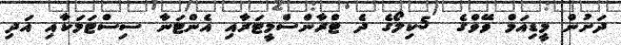
ދަށުން މީޑިއަމް ވޭވްގެ  5ކިލޯގެ ދެ ޓްރާންސްމީޓަރާއި އެންޓަނާ ސިސްޓަމަކާއި އަދި